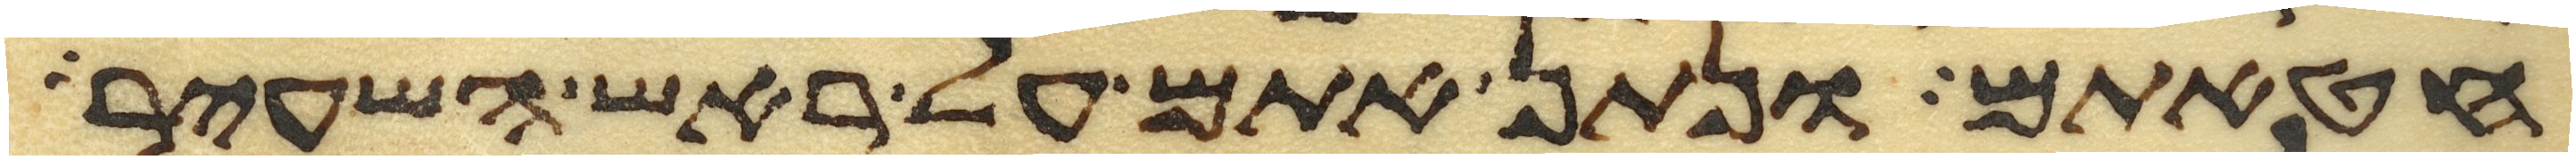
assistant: חטאתם ונתן אתם על ראש השעיר